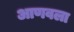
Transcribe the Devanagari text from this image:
आणवला